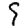
Digit: 9